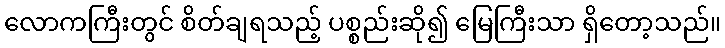
လောကကြီးတွင် စိတ်ချရသည့် ပစ္စည်းဆို၍ မြေကြီးသာ ရှိတော့သည်။